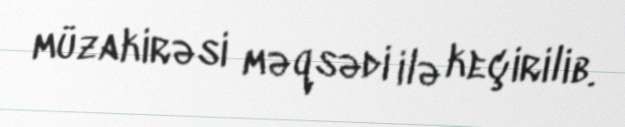
müzakirəsi məqsədi ilə keçirilib.